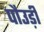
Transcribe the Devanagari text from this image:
पौउड़ी